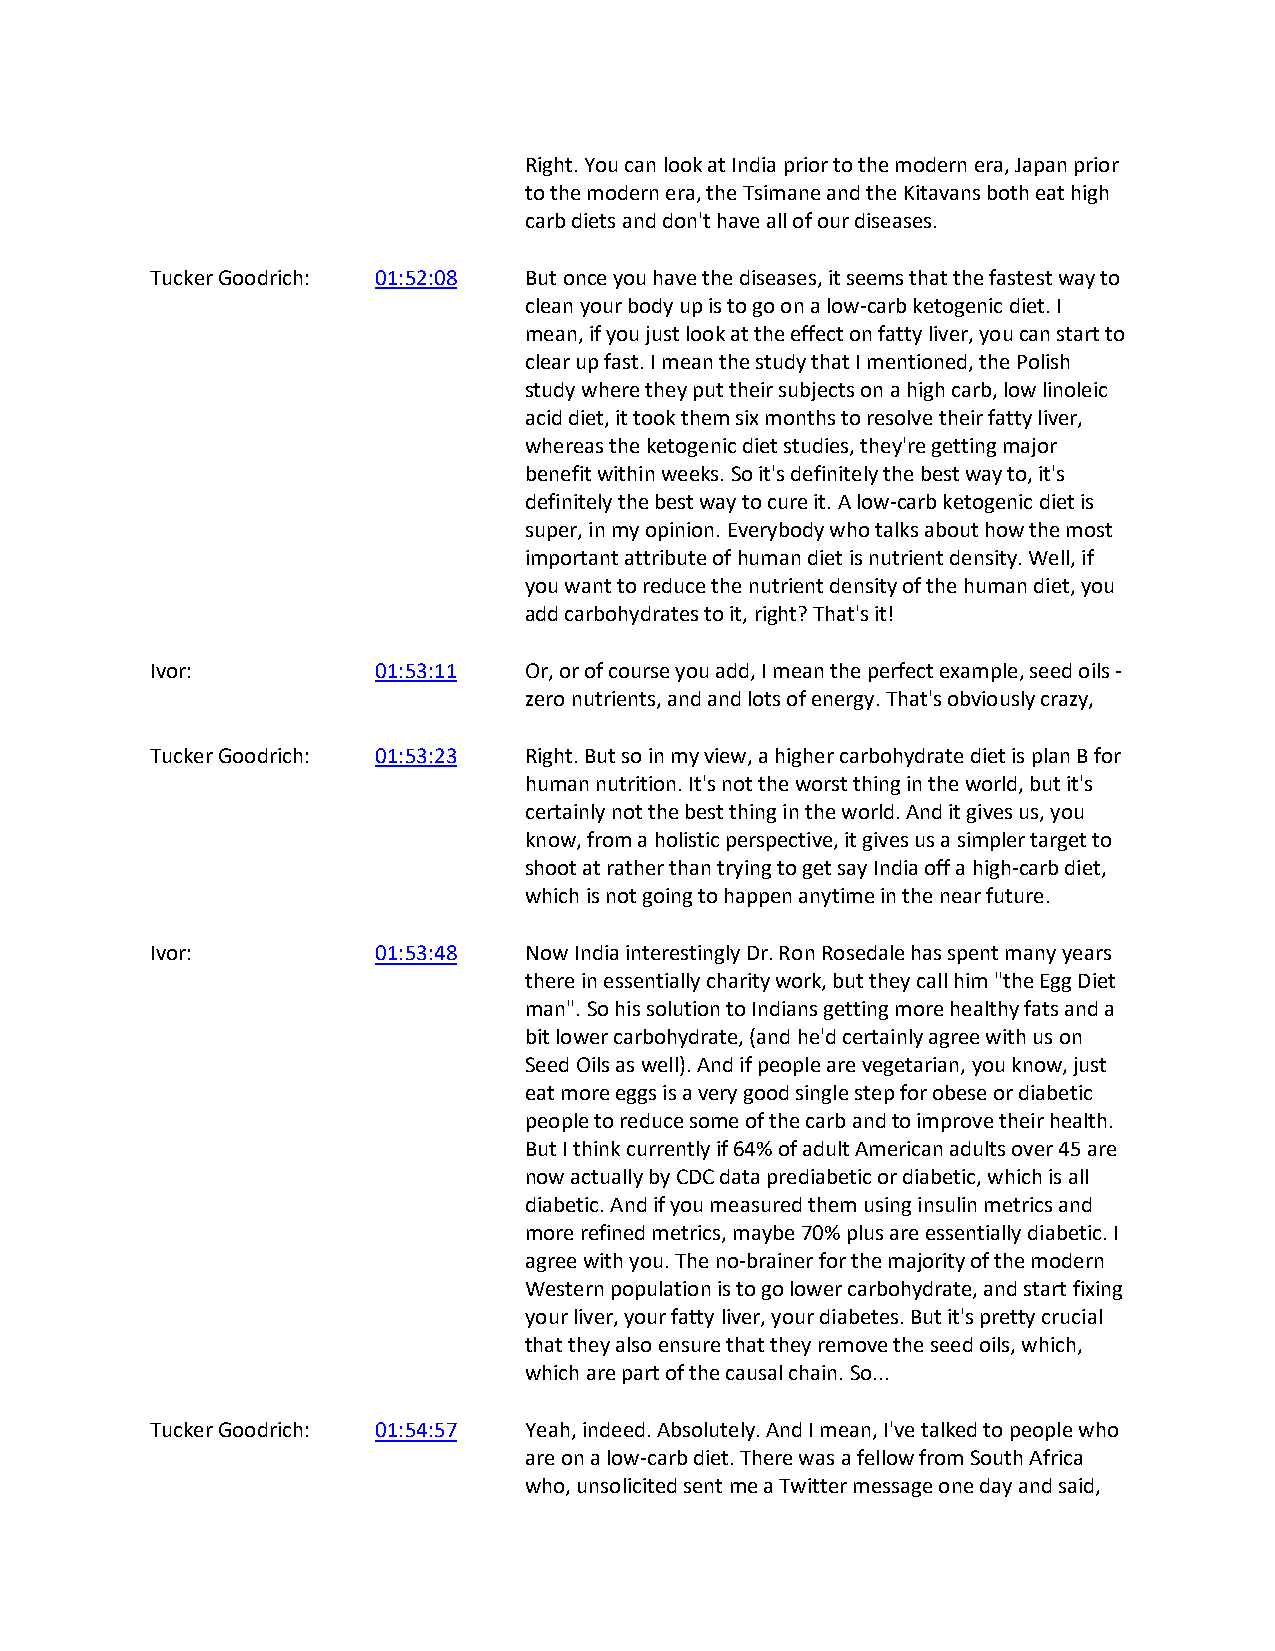
Right. You can look at India prior to the modern era, Japan prior
 to the modern era, the Tsimane and the Kitavans both eat high
 carb diets and don't have all of our diseases.
 Tucker Goodrich: 01:52:08 But once you have the diseases, it seems that the fastest way to
 clean your body up is to go on a low-carb ketogenic diet. I
 mean, if you just look at the effect on fatty liver, you can start to
 clear up fast. I mean the study that I mentioned, the Polish
 study where they put their subjects on a high carb, low linoleic
 acid diet, it took them six months to resolve their fatty liver,
 whereas the ketogenic diet studies, they're getting major
 benefit within weeks. So it's definitely the best way to, it's
 definitely the best way to cure it. A low-carb ketogenic diet is
 super, in my opinion. Everybody who talks about how the most
 important attribute of human diet is nutrient density. Well, if
 you want to reduce the nutrient density of the human diet, you
 add carbohydrates to it, right? That's it!
 Ivor:          01:53:11  Or, or of course you add, I mean the perfect example, seed oils -
 zero nutrients, and and lots of energy. That's obviously crazy,
 Tucker Goodrich: 01:53:23 Right. But so in my view, a higher carbohydrate diet is plan B for
 human nutrition. It's not the worst thing in the world, but it's
 certainly not the best thing in the world. And it gives us, you
 know, from a holistic perspective, it gives us a simpler target to
 shoot at rather than trying to get say India off a high-carb diet,
 which is not going to happen anytime in the near future.
 Ivor:          01:53:48  Now India interestingly Dr. Ron Rosedale has spent many years
 there in essentially charity work, but they call him "the Egg Diet
 man". So his solution to Indians getting more healthy fats and a
 bit lower carbohydrate, (and he'd certainly agree with us on
 Seed Oils as well). And if people are vegetarian, you know, just
 eat more eggs is a very good single step for obese or diabetic
 people to reduce some of the carb and to improve their health.
 But I think currently if 64% of adult American adults over 45 are
 now actually by CDC data prediabetic or diabetic, which is all
 diabetic. And if you measured them using insulin metrics and
 more refined metrics, maybe 70% plus are essentially diabetic. I
 agree with you. The no-brainer for the majority of the modern
 Western population is to go lower carbohydrate, and start fixing
 your liver, your fatty liver, your diabetes. But it's pretty crucial
 that they also ensure that they remove the seed oils, which,
 which are part of the causal chain. So...
 Tucker Goodrich: 01:54:57 Yeah, indeed. Absolutely. And I mean, I've talked to people who
 are on a low-carb diet. There was a fellow from South Africa
 who, unsolicited sent me a Twitter message one day and said,